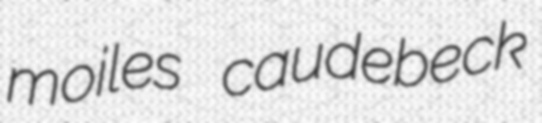
moiles caudebeck